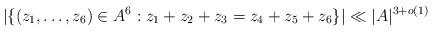
LaTeX: \begin{align*}|\{(z_1, \ldots, z_6) \in A^6: z_1 + z_2 + z_3 = z_4 + z_5 + z_6\}| \ll |A|^{3 + o(1)}\end{align*}